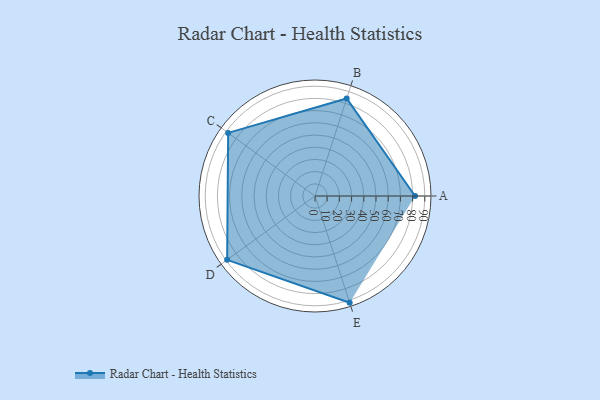
{"axis": {"x": "Skill", "y": "Score"}, "legend": ["Profile"], "data": [{"x": "A", "y": 82.0, "type": "Profile"}, {"x": "B", "y": 84.0, "type": "Profile"}, {"x": "C", "y": 88.0, "type": "Profile"}, {"x": "D", "y": 89.0, "type": "Profile"}, {"x": "E", "y": 92.0, "type": "Profile"}]}